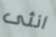
انثى